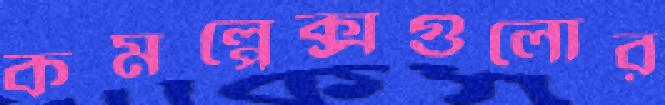
কমপ্লেক্সগুলোর